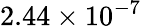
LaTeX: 2.44\times 10^{-7}